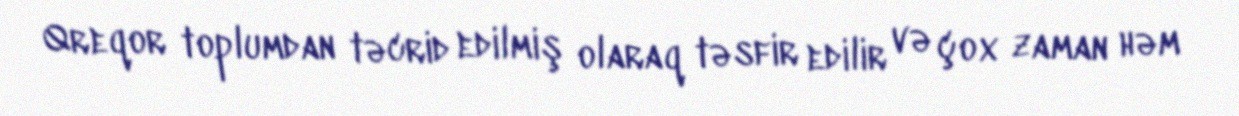
Qreqor toplumdan təcrid edilmiş olaraq təsfir edilir və çox zaman həm